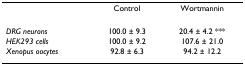
|  | Control | Wortmannin |
 | --- | --- | --- |
 | DRG neurons | 100.0 ± 9.3 | 20.4 ± 4.2 *** |
 | HEK293 cells | 100.0 ± 9.2 | 107.6 ± 21.0 |
 | Xenopus oocytes | 92.8 ± 6.3 | 94.2 ± 12.2 |